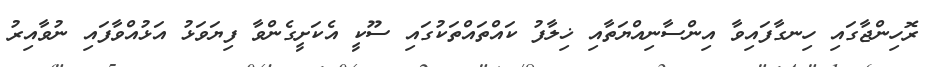
ރޮހިންޖާގައި ހިނގާފައިވާ އިންސާނިއްޔަތާއި ޚިލާފު ކައްތައްތަކުގައި ސޫކީ އެކަށީގެންވާ ފިޔަވަޅު އަޅުއްވާފައި ނުވާއިރު